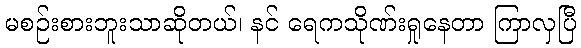
မစဉ်းစားဘူးသာဆိုတယ်၊ နင် ရေကသိုဏ်းရှုနေတာ ကြာလှပြီ